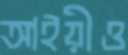
আইয়ীও